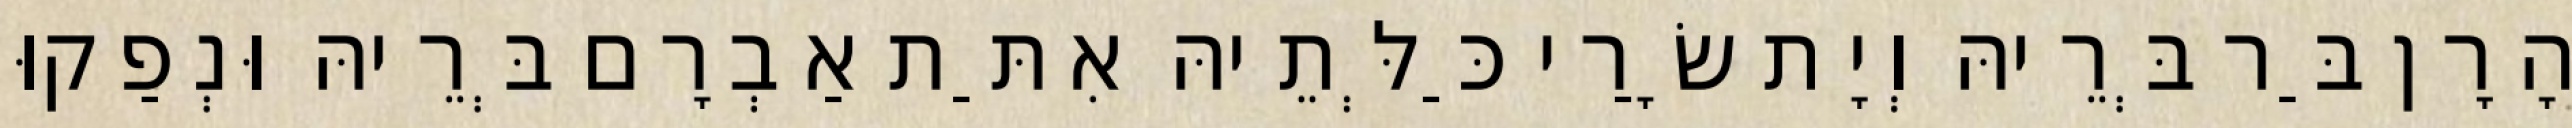
הָרָן בַּר בְּרֵיהּ וְיָת שָׂרַי כַּלְּתֵיהּ אִתַּת אַבְרָם בְּרֵיהּ וּנְפַקוּ